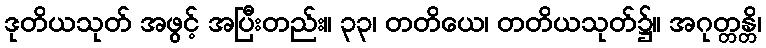
ဒုတိယသုတ် အဖွင့် အပြီးတည်း။ ၃၃၊ တတိယေ၊ တတိယသုတ်၌။ အဂုတ္တန္တိ၊